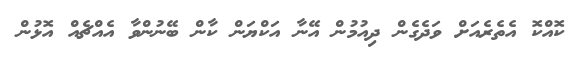
ކޮއްކޮ އެތެރެއަށް ވަދެގެން ދިއުމުން އޭނާ އަކްޔަން ކާން ބޭނުންވާ އެއްޗެއް އޮޅުން